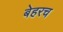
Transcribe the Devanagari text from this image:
बेहरच